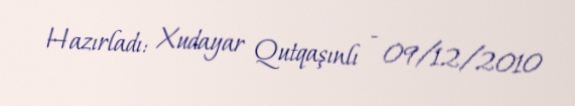
Hazırladı: Xudayar Qutqaşınlı - 09/12/2010